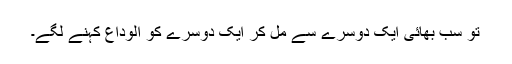
تو سب بھائی ایک دوسرے سے مل کر ایک دوسرے کو الوداع کہنے لگے۔